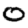
Digit: 0